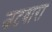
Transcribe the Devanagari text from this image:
जटवारा